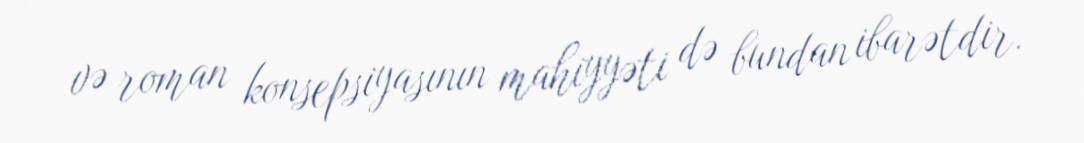
və roman konsepsiyasının mahiyyəti də bundan ibarətdir.